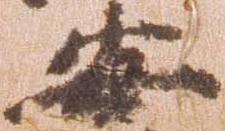
安